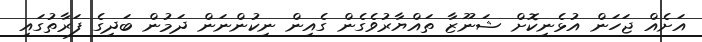
އަށެއް ޖަހަން އުޅެނިކޮށް ޝަނޫޒާ ތައްޔާރުވެގެން ގެއިން ނިކުންނަން ދަމުން ބަދިގެ ފަރާތުގައި